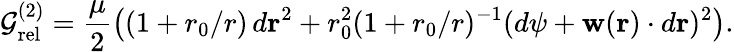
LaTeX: {\cal G}_{\mathrm{rel}}^{(2)}=\frac{\mu}{2}\left((1+r_{0}/r)\, d{{\mathbf r}}^{2}+r_{0}^{2}(1+r_{0}/r)^{-1}(d{\psi}+{\mathbf w}({\mathbf r})\cdot d{{\mathbf r}})^{2}\right).